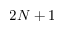
2 N + 1